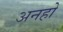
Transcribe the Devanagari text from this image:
अनहो